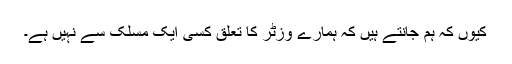
کیوں کہ ہم جانتے ہیں کہ ہمارے وزٹر کا تعلق کسی ایک مسلک سے نہیں ہے۔